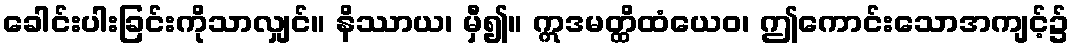
ခေါင်းပါးခြင်းကိုသာလျှင်။ နိဿာယ၊ မှီ၍။ ဣဒမတ္ထိထံယေဝ၊ ဤကောင်းသောအကျင့်၌